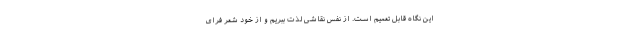
این نگاه قابل تعمیم است. از نفس نقاشی لذت ببریم و از خود شعر فرای